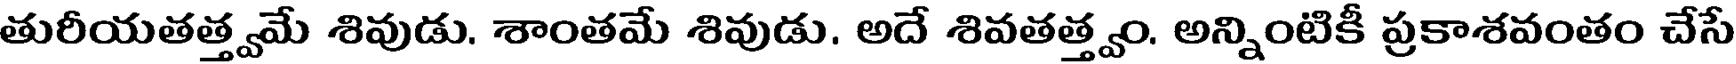
తురీయతత్త్వమే శివుడు. శాంతమే శివుడు. అదే శివతత్త్వం. అన్నింటికీ ప్రకాశవంతం చేసే